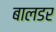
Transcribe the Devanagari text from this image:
बालडर